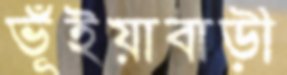
ভূঁইয়াবাড়ী